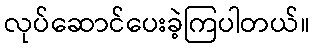
လုပ်ဆောင်ပေးခဲ့ကြပါတယ်။